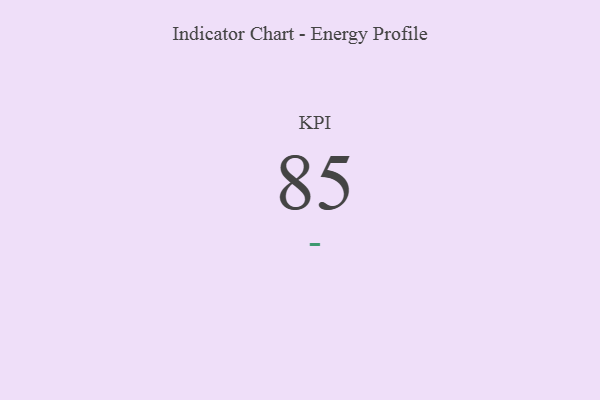
{"axis": {"x": "KPI", "y": "Value"}, "legend": [""], "data": [{"x": "KPI", "y": 85, "type": ""}]}